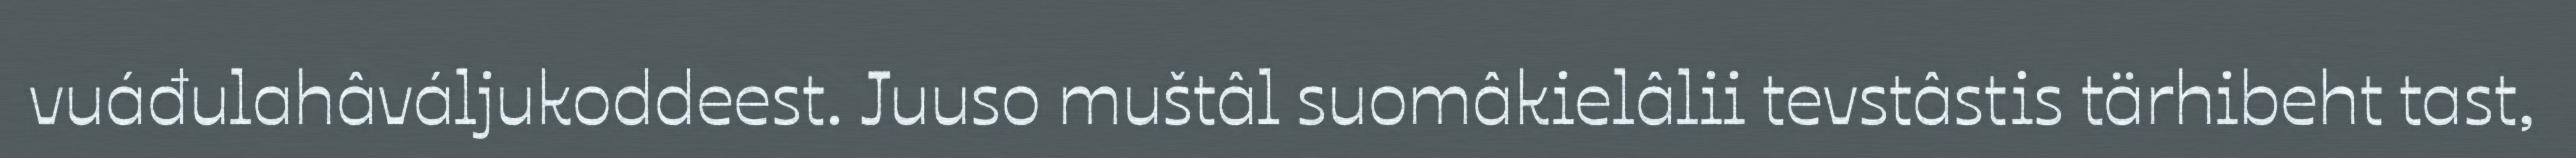
vuáđulahâváljukoddeest. Juuso muštâl suomâkielâlii tevstâstis tärhibeht tast,